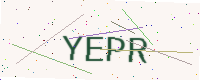
Text: YEPR